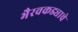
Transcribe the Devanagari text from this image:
भैरवकड्याचे